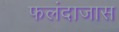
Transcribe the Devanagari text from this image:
फलंदाजास